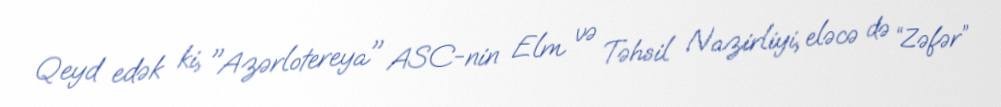
Qeyd edək ki, "Azərlotereya" ASC-nin Elm və Təhsil Nazirliyi, eləcə də “Zəfər”